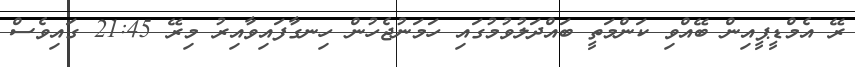
ރޭ އެމްޑީޕީއިން ބޭއްވި ކަންމަތީ ބައްދަލުވުމުގައި ހަމަނުޖެހުން ހިނގާފައިވާއިރު މިރޭ 21:45 ގައިވެސް